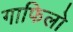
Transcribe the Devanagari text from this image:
गाफिलो